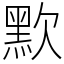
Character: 㱄